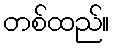
တစ်ထည်။